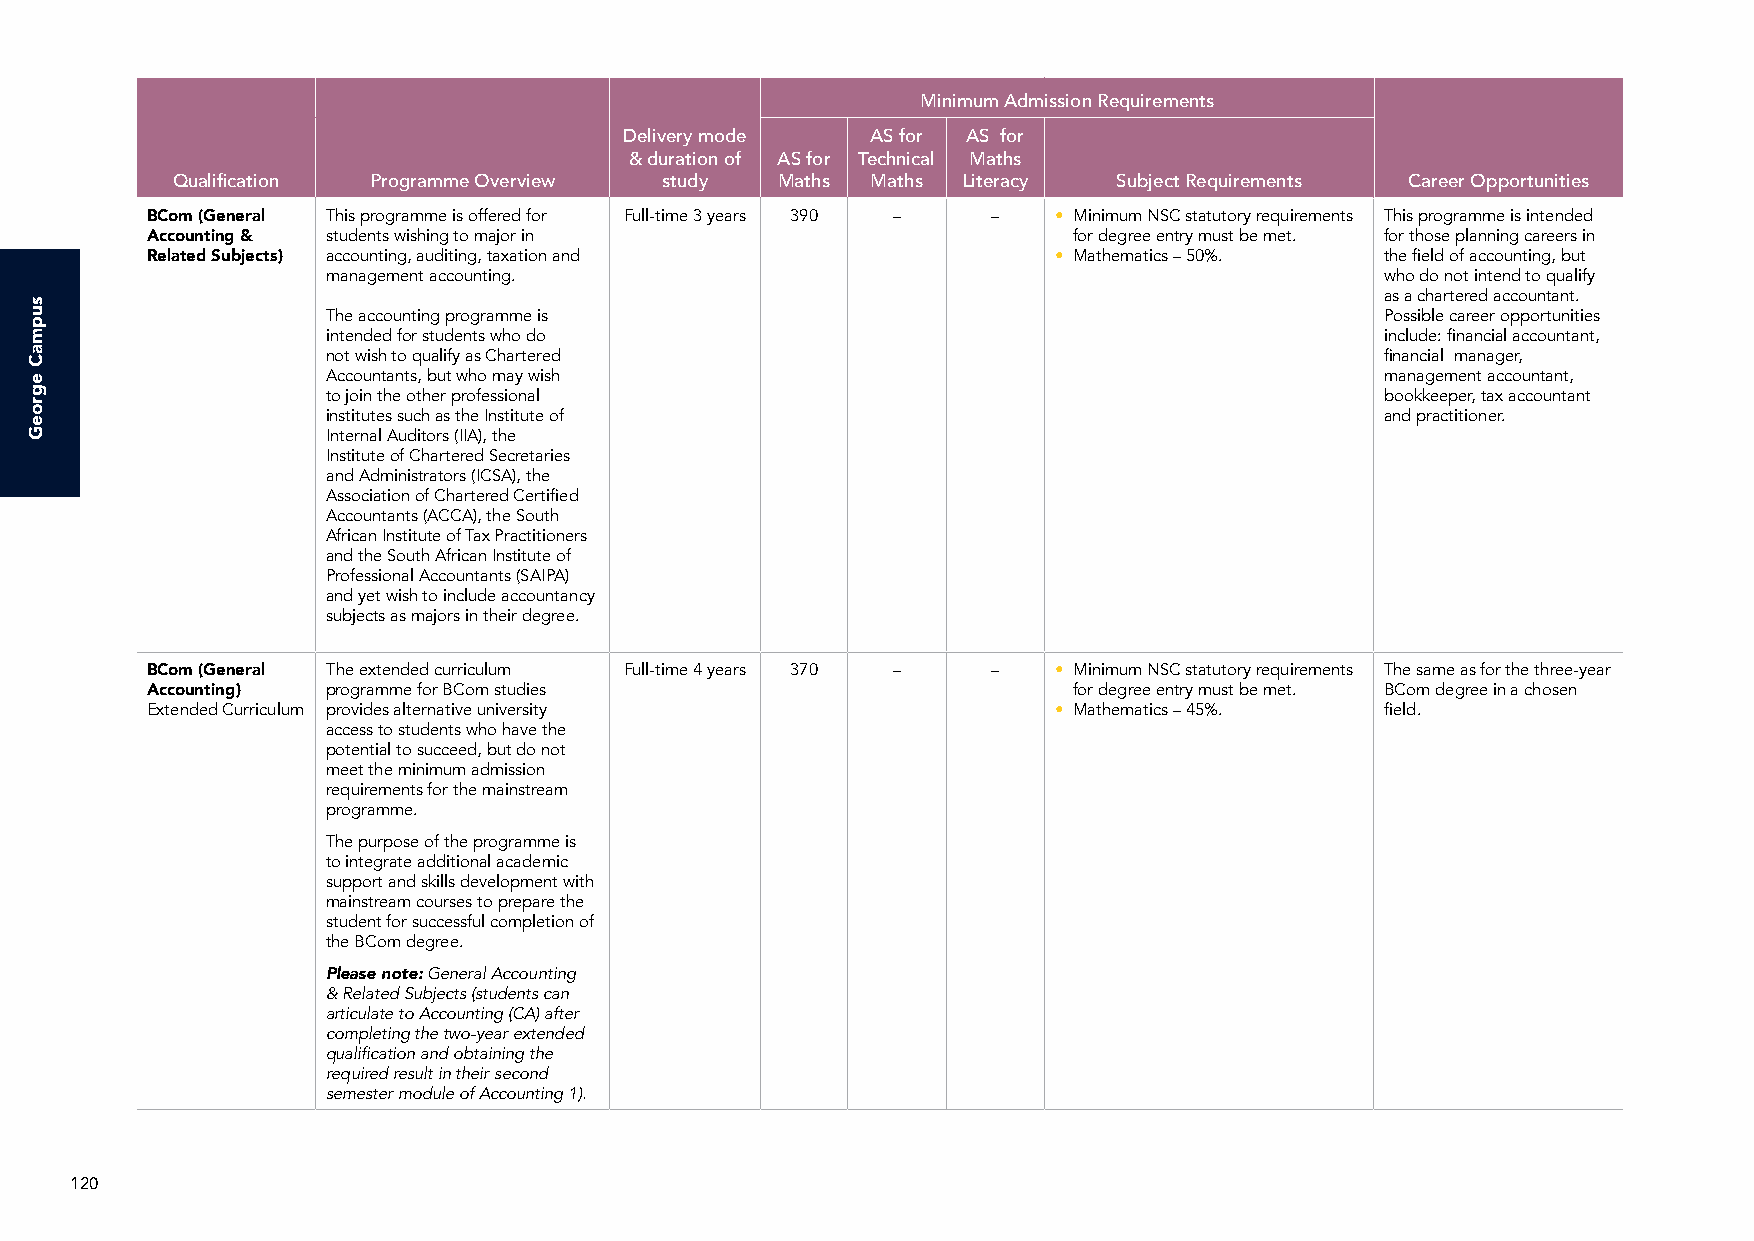
Minimum Admission Requirements
 Delivery mode    AS for AS for
 & duration of AS for Technical Maths
 Qualification Programme Overview study  Maths  Maths Literacy  Subject Requirements Career Opportunities
 BCom (General This programme is offered for Full-time 3 years 390 – – • Minimum NSC statutory requirements This programme is intended
 Accounting & students wishing to major in                    for degree entry must be met. for those planning careers in
 Related Subjects) accounting, auditing, taxation and        • Mathematics – 50%.  the field of accounting, but
 management accounting.                                                who do not intend to qualify
 as a chartered accountant.
 The accounting programme is                                           Possible career opportunities
 intended for students who do                                          include: financial accountant,
 not wish to qualify as Chartered                                      financial manager,
 Accountants, but who may wish                                         management accountant,
 to join the other professional                                        bookkeeper, tax accountant
 institutes such as the Institute of                                   and practitioner.
 Internal Auditors (IIA), the
 Institute of Chartered Secretaries
 and Administrators (ICSA), the
 Association of Chartered Certified
 Accountants (ACCA), the South
 African Institute of Tax Practitioners
 and the South African Institute of
 Professional Accountants (SAIPA)
 and yet wish to include accountancy
 subjects as majors in their degree.
 BCom (General The extended curriculum Full-time 4 years 370 – – • Minimum NSC statutory requirements The same as for the three-year
 Accounting) programme for BCom studies                       for degree entry must be met. BCom degree in a chosen
 Extended Curriculum provides alternative university         • Mathematics – 45%.  field.
 access to students who have the
 potential to succeed, but do not
 meet the minimum admission
 requirements for the mainstream
 programme.
 The purpose of the programme is
 to integrate additional academic
 support and skills development with
 mainstream courses to prepare the
 student for successful completion of
 the BCom degree.
 Please note: General Accounting
 & Related Subjects (students can
 articulate to Accounting (CA) after
 completing the two-year extended
 qualification and obtaining the
 required result in their second
 semester module of Accounting 1).
 120
 supmaC
 egroeG